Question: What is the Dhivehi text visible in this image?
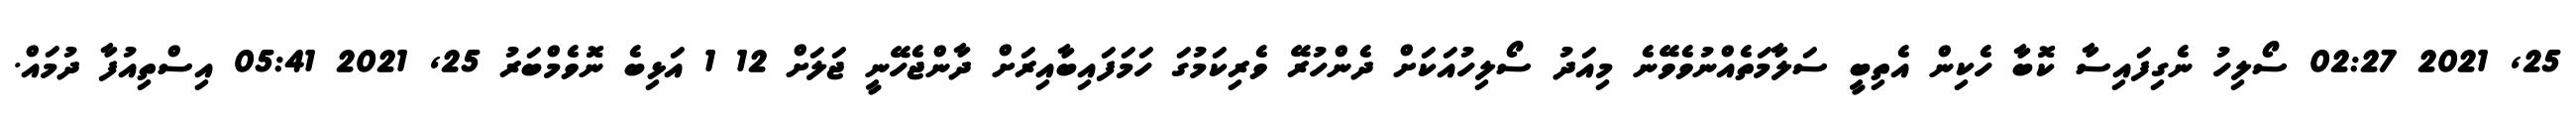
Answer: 25, 2021 02:27 ސޯލިހު ނެގިފައިސާ ކޮބާ ހެކިން އެތިބީ ސަލާމަތެއްނުވެވޭނެ މިއަދު ސޯލިހުއަކަށް ދެންހުރޭ ވެރިކަމުގަ ހަމަފައިބާއިރަށް ދާންޖެހޭނީ ޖަލަށް 12 1 އަޅިބެ ނޮވެމްބަރު 25, 2021 05:41 އިސްތިއުފާ ދުމައް.